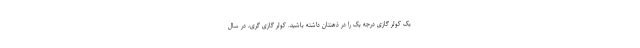
یک کولر گازی درجه یک را در ذهنتان داشته باشید. کولر گازی گری، در سال